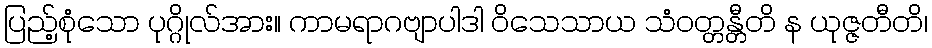
ပြည့်စုံသော ပုဂ္ဂိုလ်အား။ ကာမရာဂဗျာပါဒါ ဝိသေသာယ သံဝတ္တန္တီတိ န ယုဇ္ဇတီတိ၊